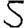
Digit: 5